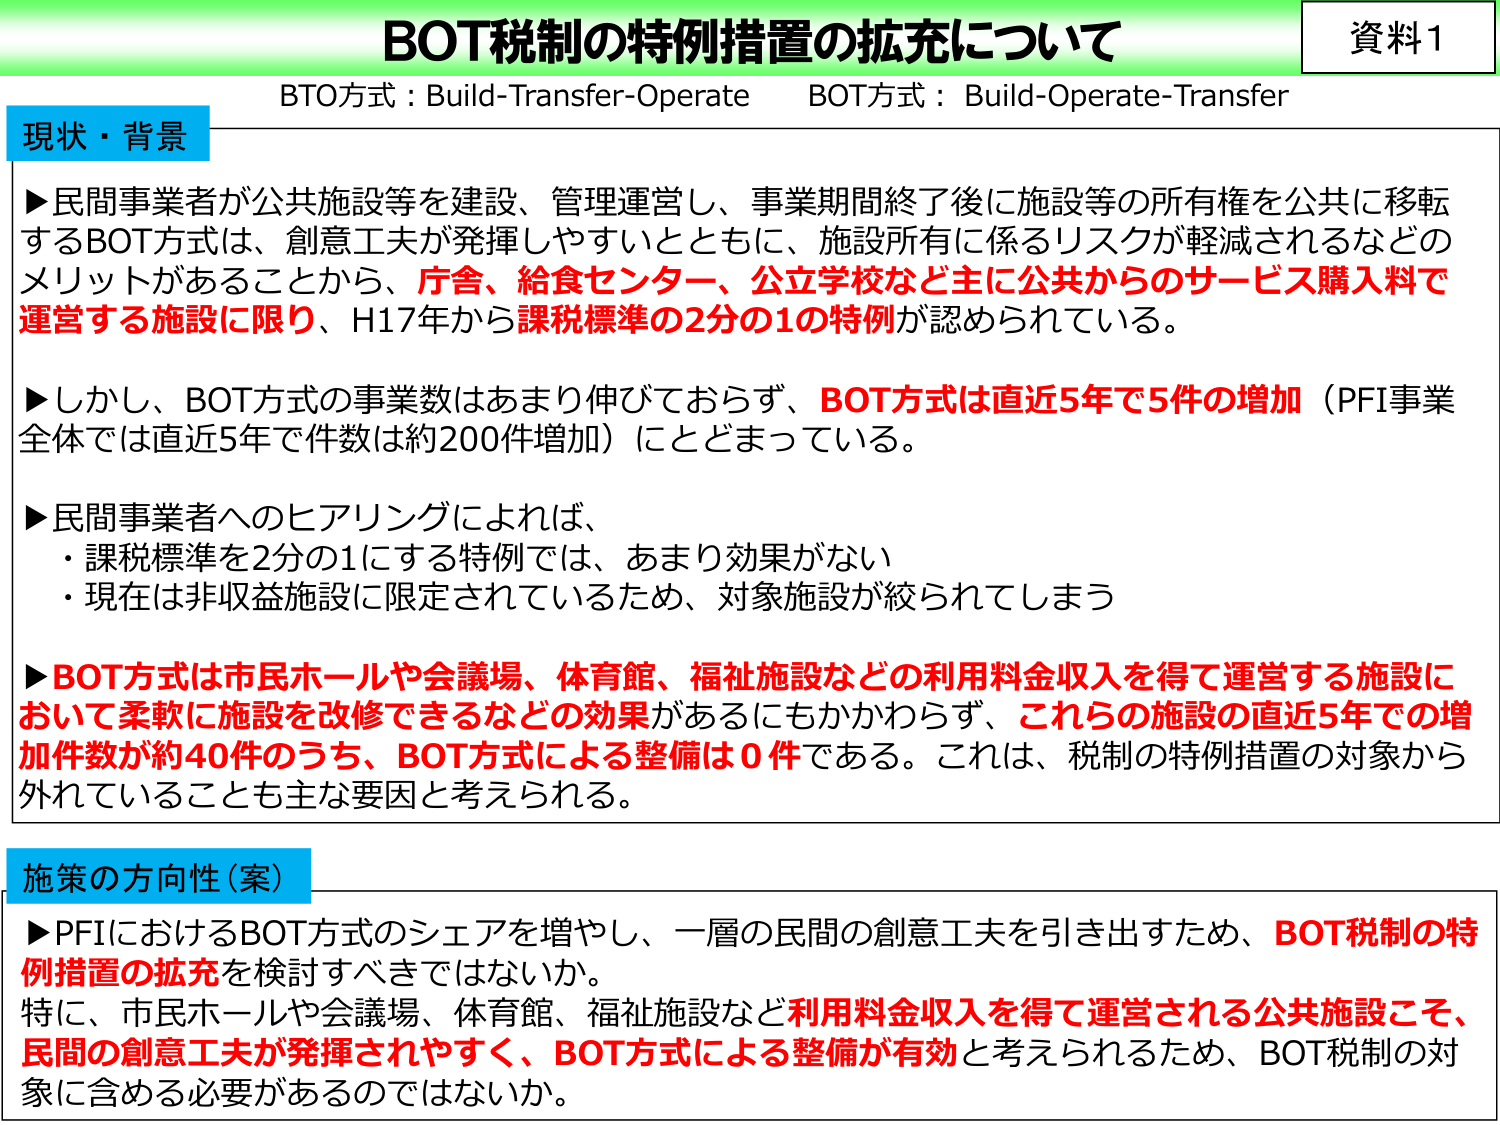
資料1
BOT税制の特例措置の拡充について
BTO方式：Build-Transfer-Operate　BOT方式：Build-Operate-Transfer

現状・背景
▶民間事業者が公共施設等を建設、管理運営し、事業期間終了後に施設等の所有権を公共に移転するBOT方式は、創意工夫が発揮しやすいとともに、施設所有に係るリスクが軽減されるなどのメリットがあることから、庁舎、給食センター、公立学校など主に公共からのサービス購入料で運営する施設に限り、H17年から課税標準の2分の1の特例が認められている。
▶しかし、BOT方式の事業数はあまり伸びておらず、BOT方式は直近5年で5件の増加（PFI事業全体では直近5年で件数は約200件増加）にとどまっている。
▶民間事業者へのヒアリングによれば、
・課税標準を2分の1にする特例では、あまり効果がない
・現在は非収益施設に限定されているため、対象施設が絞られてしまう
▶BOT方式は市民ホールや会議場、体育館、福祉施設などの利用料金収入を得て運営する施設において柔軟に施設を改修できるなどの効果があるにもかかわらず、これらの施設の直近5年での増加件数が約40件のうち、BOT方式による整備は0件である。これは、税制の特例措置の対象から外れていることも主な要因と考えられる。

施策の方向性（案）
▶PFIにおけるBOT方式のシェアを増やし、一層の民間の創意工夫を引き出すため、BOT税制の特例措置の拡充を検討すべきではないか。
特に、市民ホールや会議場、体育館、福祉施設など利用料金収入を得て運営される公共施設こそ、民間の創意工夫が発揮されやすく、BOT方式による整備が有効と考えられるため、BOT税制の対象に含める必要があるのではないか。